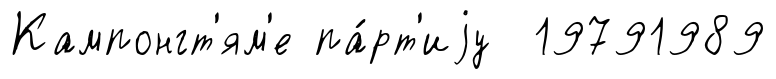
Кампонгт'ям'е па́рт'иjу 19791989